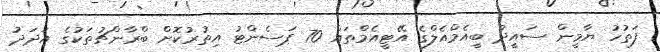
ފަތުހު ޔާމީން ސައީދު ބީއެމްއެލްގެ އޭޓީއެމްތައް 70 ޕަސެންޓު އިތުރުކޮށް ބްރާންޗުތަކުގެ އަދަދު